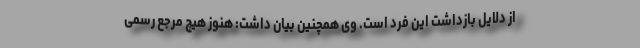
از دلایل بازداشت این فرد است. وی همچنین بیان داشت: هنوز هیچ مرجع رسمی